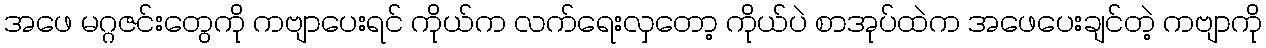
အဖေ မဂ္ဂဇင်းတွေကို ကဗျာပေးရင် ကိုယ်က လက်ရေးလှတော့ ကိုယ်ပဲ စာအုပ်ထဲက အဖေပေးချင်တဲ့ ကဗျာကို